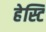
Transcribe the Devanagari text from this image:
हेस्टि